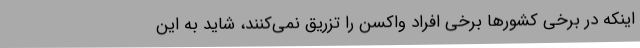
اینکه در برخی کشورها برخی افراد واکسن را تزریق نمی‌کنند، شاید به این